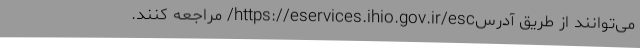
می‌توانند از طریق آدرسhttps://eservices.ihio.gov.ir/esc/ مراجعه کنند.